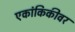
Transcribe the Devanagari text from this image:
एकांकिकीवर